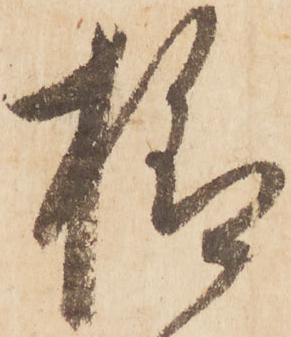
様